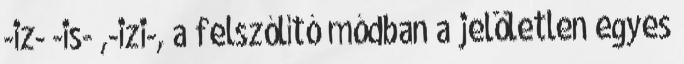
-iz- -is- ,-izi-, a felszólító módban a jelöletlen egyes